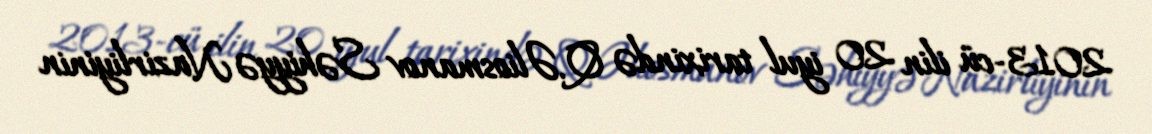
2013-cü ilin 20 iyul tarixində Q.Əliosmanov Səhiyyə Nazirliyinin